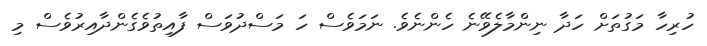
ހުރިހާ މަގުތަށް ހަދާ ނިންމާލެވޭނެ ހެންނެވެ. ނަމަވެސް ހަ މަސްދުވަސް ފާއިތުވެގެންދާއިރުވެސް މި